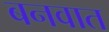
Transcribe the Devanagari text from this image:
बनवात